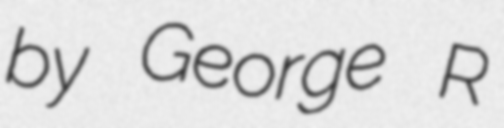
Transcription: by George R